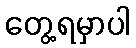
တွေ့ရမှာပါ